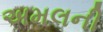
અમલની